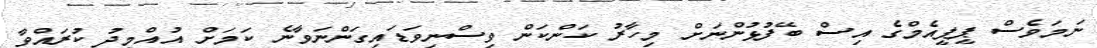
ނަމަވެސް ޕީޕީއެމްގެ އިސް ބޭފުޅުންނަށް މިހާރު ކަންކަން ވިސްނިވަޑައިގަންނަވާނެ ކަމަށް އުއްމީދު ކުރައްވާ